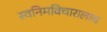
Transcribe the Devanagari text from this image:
स्वनिमविचारालाच